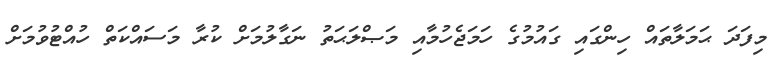
މިފަދަ ޙަމަލާތައް ހިންގައި ގައުމުގެ ހަމަޖެހުމާއި މަޞްލަޙަތު ނަގާލުމަށް ކުރާ މަސައްކަތް ހުއްޓުވުމަށް